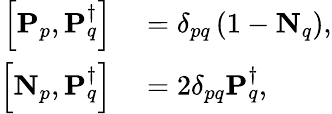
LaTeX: \begin{array}{rl}{\left[\mathbf{P}_{p},\mathbf{P}_{q}^{\dagger}\right]}&{{}=\delta_{pq}\left(1-\mathbf{N}_{q}\right),}\\ {\left[\mathbf{N}_{p},\mathbf{P}_{q}^{\dagger}\right]}&{{}=2\delta_{pq}\mathbf{P}_{q}^{\dagger},}\end{array}